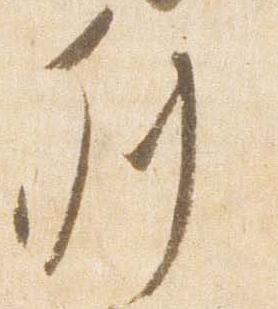
列